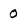
Character: 0